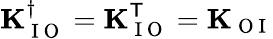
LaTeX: \mathbf{K}_{\mathrm{~I~O~}}^{\dagger}=\mathbf{K}_{\mathrm{~I~O~}}^{\mathsf{T}}=\mathbf{K}_{\mathrm{~O~I~}}